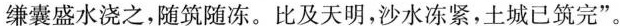
缣囊盛水浇之，随筑随冻。比及天明，沙水冻紧，土城已筑完”。